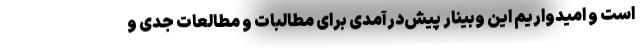
است و امیدواریم این وبینار پیش‌درآمدی برای مطالبات و مطالعات جدی و